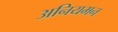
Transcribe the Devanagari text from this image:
अनियमन